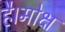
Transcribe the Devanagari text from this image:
है।मोक्ष